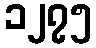
၁၂၇၅